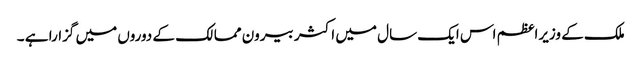
ملک کے وزیراعظم اس ایک سال میں اکثر بیرون ممالک کے دوروں میں گزارا ہے ۔